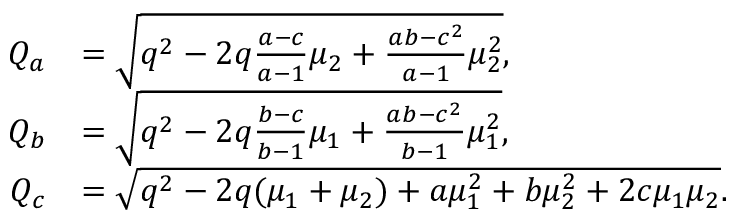
\begin{array} { r l } { Q _ { a } } & { = \sqrt { q ^ { 2 } - 2 q \frac { a - c } { a - 1 } \mu _ { 2 } + \frac { a b - c ^ { 2 } } { a - 1 } \mu _ { 2 } ^ { 2 } } , } \\ { Q _ { b } } & { = \sqrt { q ^ { 2 } - 2 q \frac { b - c } { b - 1 } \mu _ { 1 } + \frac { a b - c ^ { 2 } } { b - 1 } \mu _ { 1 } ^ { 2 } } , } \\ { Q _ { c } } & { = \sqrt { q ^ { 2 } - 2 q ( \mu _ { 1 } + \mu _ { 2 } ) + a \mu _ { 1 } ^ { 2 } + b \mu _ { 2 } ^ { 2 } + 2 c \mu _ { 1 } \mu _ { 2 } } . } \end{array}